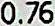
0.76